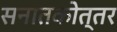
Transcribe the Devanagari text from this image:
सनातकोत्तर